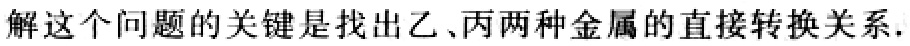
解这个问题的关键是找出乙、丙两种金属的直接转换关系.